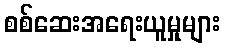
စစ်ဆေးအရေးယူမှုများ